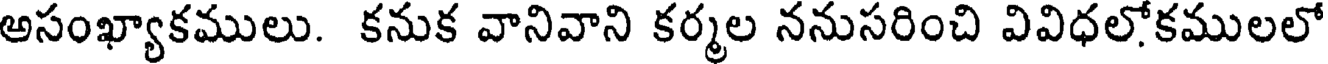
అసంఖ్యాకములు. కనుక వానివాని కర్మల ననుసరించి వివిధలోకములలో